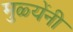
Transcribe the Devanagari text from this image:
मुळ्येंनी